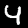
Label: 4